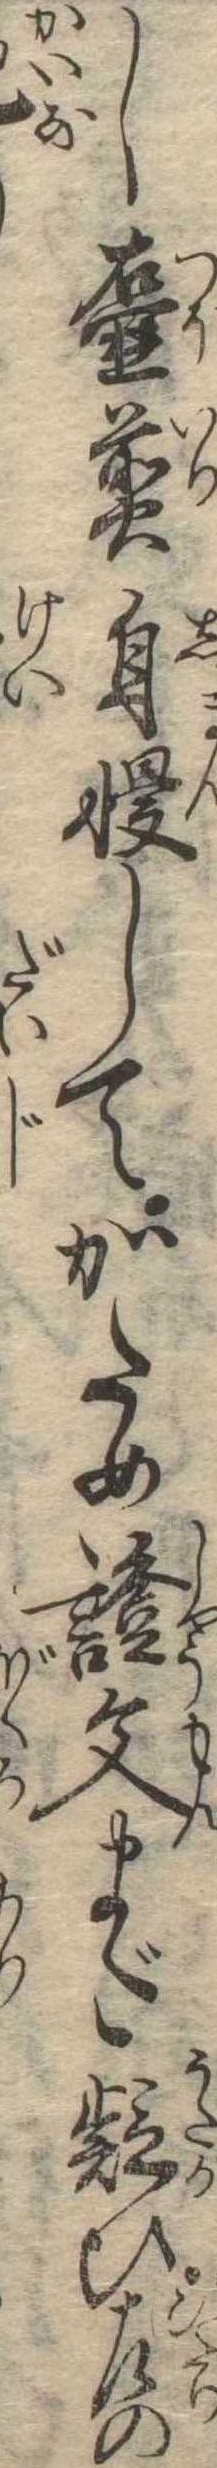
し壷煎自慢してかため証文まだ疑ひ左の